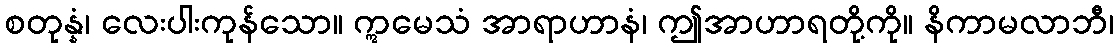
စတုန္နံ၊ လေးပါးကုန်သော။ ဣမေသံ အာရာဟာနံ၊ ဤအာဟာရတို့ကို။ နိကာမလာဘီ၊